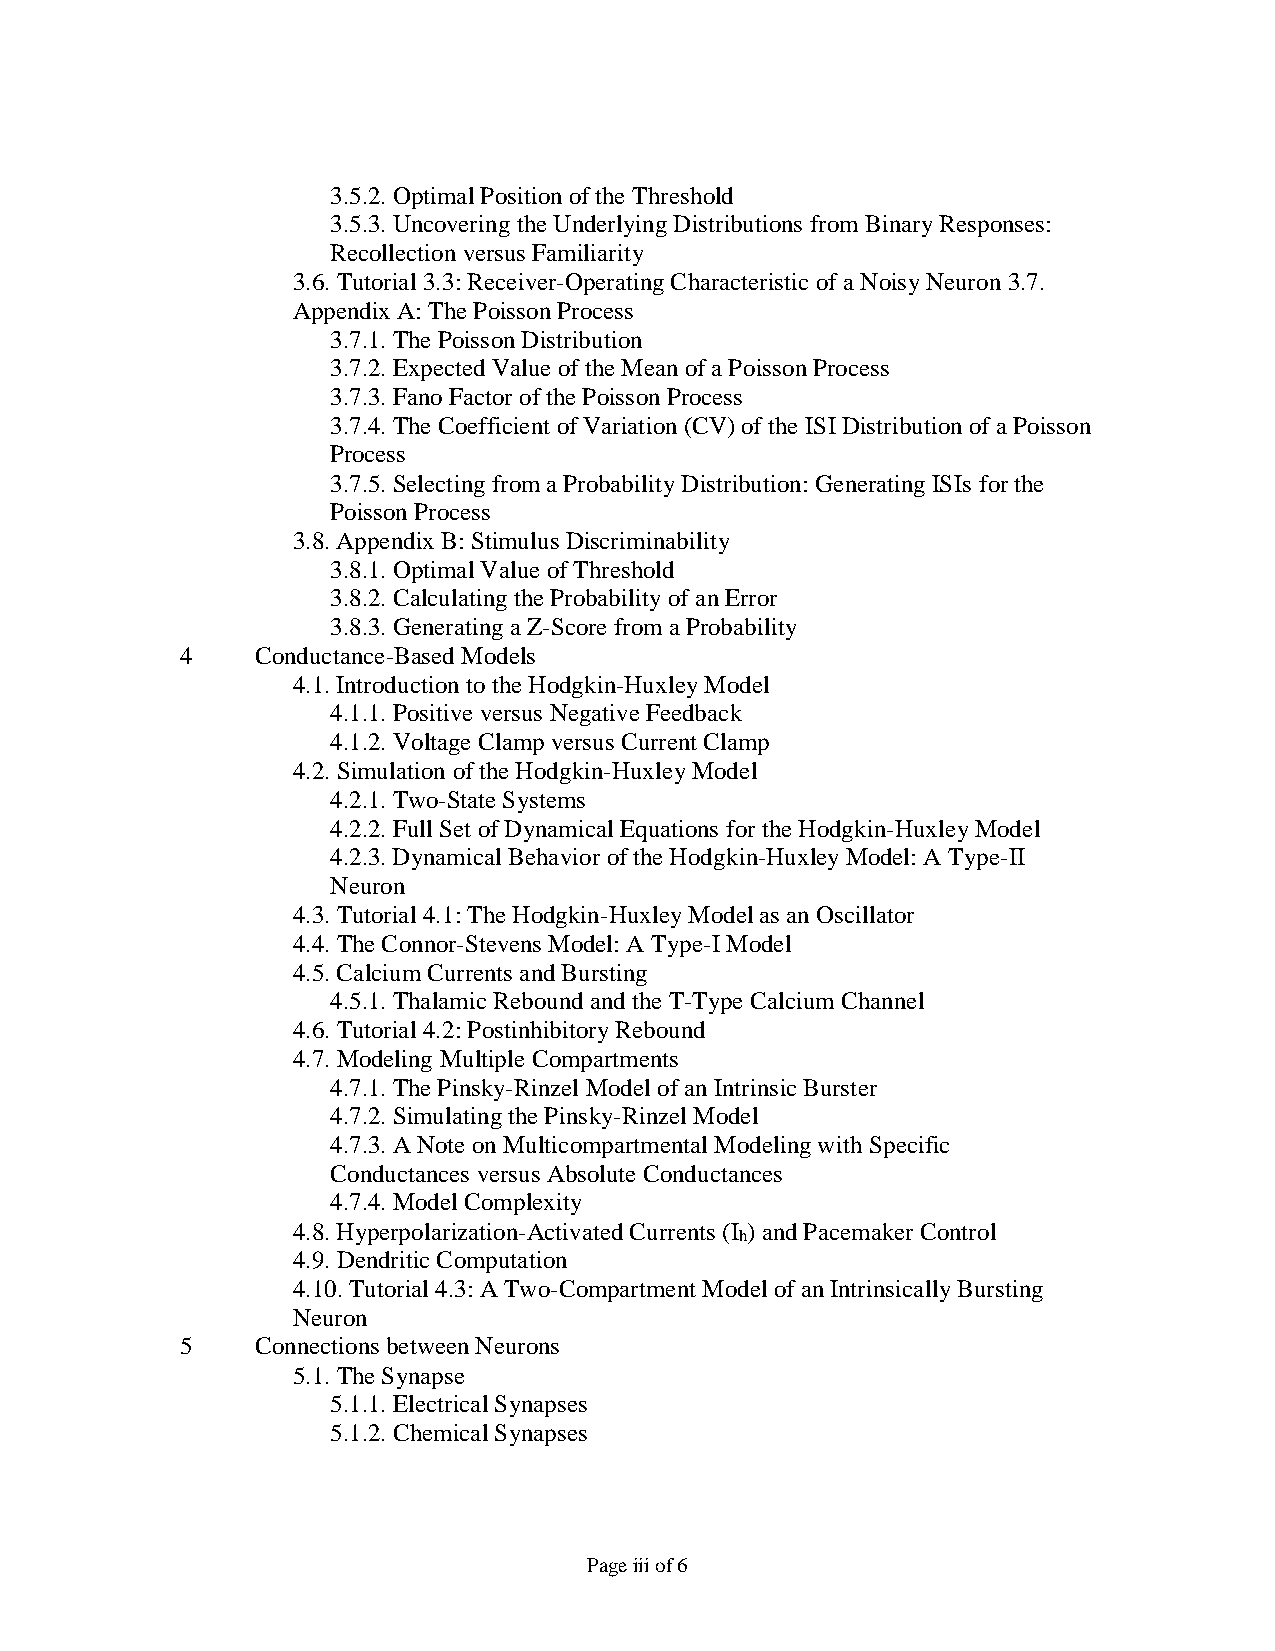
3.5.2. Optimal Position of the Threshold
 3.5.3. Uncovering the Underlying Distributions from Binary Responses:
 Recollection versus Familiarity
 3.6. Tutorial 3.3: Receiver-Operating Characteristic of a Noisy Neuron 3.7.
 Appendix A: The Poisson Process
 3.7.1. The Poisson Distribution
 3.7.2. Expected Value of the Mean of a Poisson Process
 3.7.3. Fano Factor of the Poisson Process
 3.7.4. The Coefficient of Variation (CV) of the ISI Distribution of a Poisson
 Process
 3.7.5. Selecting from a Probability Distribution: Generating ISIs for the
 Poisson Process
 3.8. Appendix B: Stimulus Discriminability
 3.8.1. Optimal Value of Threshold
 3.8.2. Calculating the Probability of an Error
 3.8.3. Generating a Z-Score from a Probability
 4    Conductance-Based Models
 4.1. Introduction to the Hodgkin-Huxley Model
 4.1.1. Positive versus Negative Feedback
 4.1.2. Voltage Clamp versus Current Clamp
 4.2. Simulation of the Hodgkin-Huxley Model
 4.2.1. Two-State Systems
 4.2.2. Full Set of Dynamical Equations for the Hodgkin-Huxley Model
 4.2.3. Dynamical Behavior of the Hodgkin-Huxley Model: A Type-II
 Neuron
 4.3. Tutorial 4.1: The Hodgkin-Huxley Model as an Oscillator
 4.4. The Connor-Stevens Model: A Type-I Model
 4.5. Calcium Currents and Bursting
 4.5.1. Thalamic Rebound and the T-Type Calcium Channel
 4.6. Tutorial 4.2: Postinhibitory Rebound
 4.7. Modeling Multiple Compartments
 4.7.1. The Pinsky-Rinzel Model of an Intrinsic Burster
 4.7.2. Simulating the Pinsky-Rinzel Model
 4.7.3. A Note on Multicompartmental Modeling with Specific
 Conductances versus Absolute Conductances
 4.7.4. Model Complexity
 4.8. Hyperpolarization-Activated Currents (I ) and Pacemaker Control
 h
 4.9. Dendritic Computation
 4.10. Tutorial 4.3: A Two-Compartment Model of an Intrinsically Bursting
 Neuron
 5    Connections between Neurons
 5.1. The Synapse
 5.1.1. Electrical Synapses
 5.1.2. Chemical Synapses
 Page iii of 6